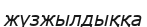
жүзжылдыққа